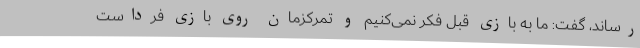
رساند، گفت: ما به بازی قبل فکر نمی‌کنیم و تمرکزمان روی بازی فرداست